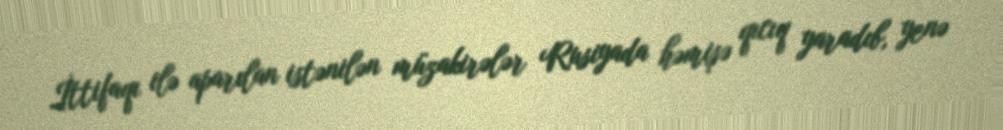
İttifaqı ilə aparılan istənilən müzakirələr Rusiyada həmişə qıcıq yaradıb, yenə